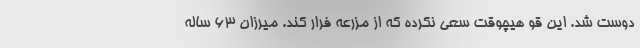
دوست شد. این قو هیچوقت سعی نکرده که از مزرعه فرار کند. میرزان ۶۳ ساله